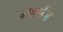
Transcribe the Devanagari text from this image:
मालौंज